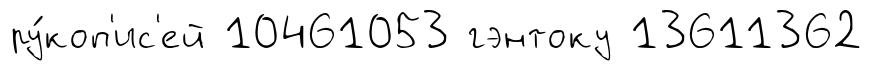
ру́коп'ис'ей 10461053 гэнтоку 13611362